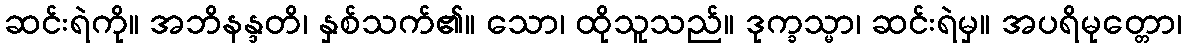
ဆင်းရဲကို။ အဘိနန္ဒတိ၊ နှစ်သက်၏။ သော၊ ထိုသူသည်။ ဒုက္ခသ္မာ၊ ဆင်းရဲမှ။ အပရိမုတ္တော၊